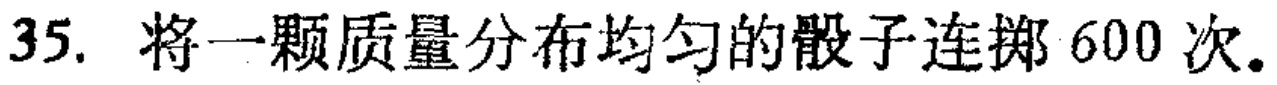
35. 将一颗质量分布均匀的骰子连掷 600 次。